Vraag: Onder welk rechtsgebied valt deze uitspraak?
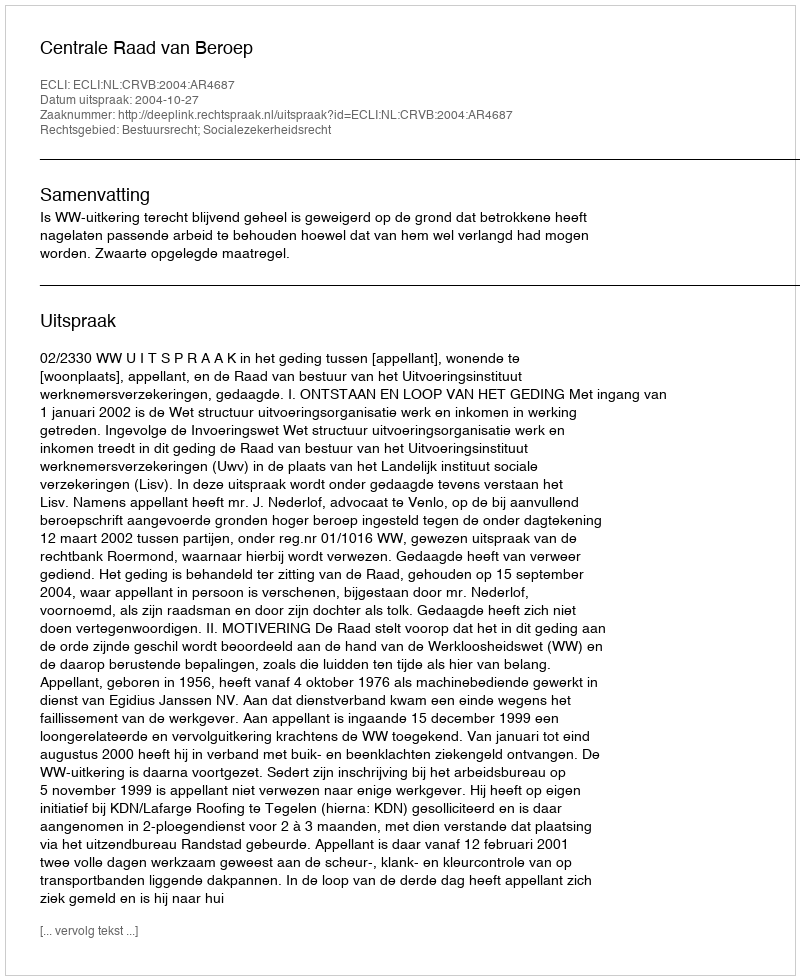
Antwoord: Bestuursrecht; Socialezekerheidsrecht